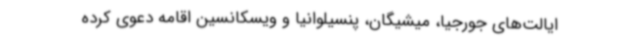
ایالت‌های جورجیا، میشیگان، پنسیلوانیا و ویسکانسین اقامه دعوی کرده